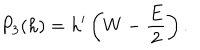
P _ { 3 } ( h ) = h ^ { \prime } \left( W - \frac { E } { 2 } \right) .